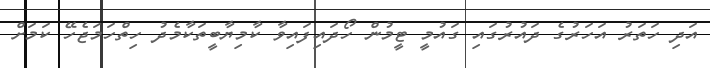
އަދި ހަތަރު އަހަރުގެ ދައުރުގައި ގައުމީ ޓީމުން ހޯދައިފައިވާ ކާމިޔާބީތަކާމެދު ހިތްހަމަޖެހޭ ކަމަށް